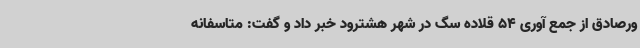
ورصادق از جمع آوری 54 قلاده سگ در شهر هشترود خبر داد و گفت: متاسفانه